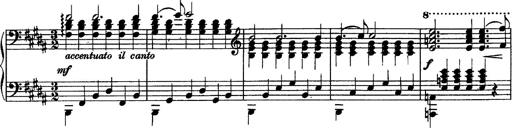
Title: Piano Sonata
Composer: Karl HÃ¤ssler
Key: C major